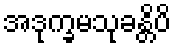
အဒုက္ခမသုခန္တိပိ